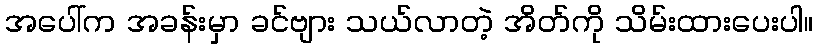
အပေါ်က အခန်းမှာ ခင်ဗျား သယ်လာတဲ့ အိတ်ကို သိမ်းထားပေးပါ။